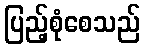
ပြည့်စုံစေသည်